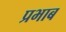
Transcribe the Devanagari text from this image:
प्रभाब